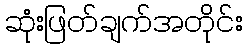
ဆုံးဖြတ်ချက်အတိုင်း